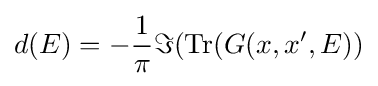
d(E)=-{\frac {1}{\pi }}\Im (\operatorname {Tr} (G(x,x^{\prime },E))